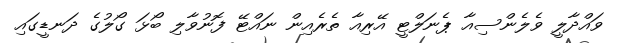
ވައްދާލީ ވެލެންސިއާ ޕެނަލްޓީ އޭރިއާ ތެރެއިން ނައްޓޭ ފޮނުވާލި ބޯޅަ ގޯލުގެ ދަނޑީގައި